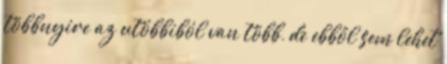
többnyire az utóbbiból van több, de ebből sem lehet